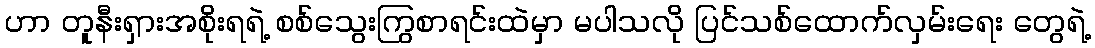
ဟာ တူနီးရှားအစိုးရရဲ့ စစ်သွေးကြွစာရင်းထဲမှာ မပါသလို ပြင်သစ်ထောက်လှမ်းရေး တွေရဲ့